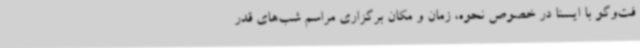
فت‌وگو با ایسنا در خصوص نحوه، زمان و مکان برگزاری مراسم شب‌های قدر